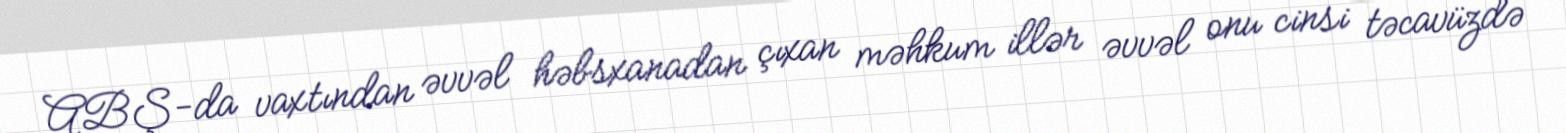
ABŞ-da vaxtından əvvəl həbsxanadan çıxan məhkum illər əvvəl onu cinsi təcavüzdə